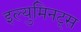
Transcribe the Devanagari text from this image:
इल्युमिनट्स